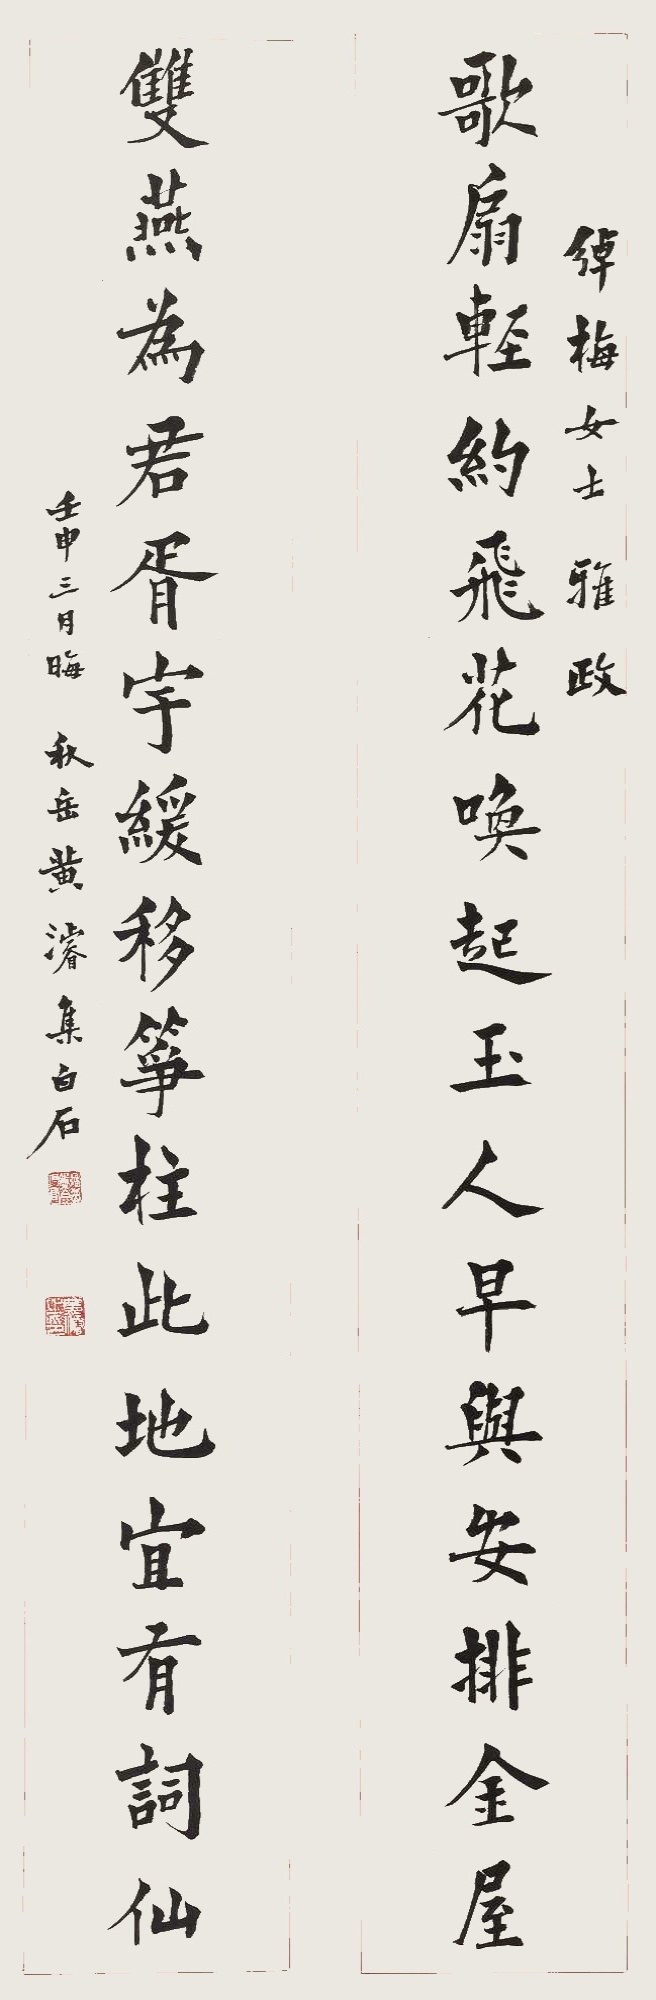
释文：歌扇轻约飞花唤起玉人早与安排金屋，双燕为君胥宇缓移筝柱此地宜有词仙。绰梅女士雅政。壬申三月晦，秋岳黄濬集白石。